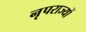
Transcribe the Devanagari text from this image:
नृपराज्यों